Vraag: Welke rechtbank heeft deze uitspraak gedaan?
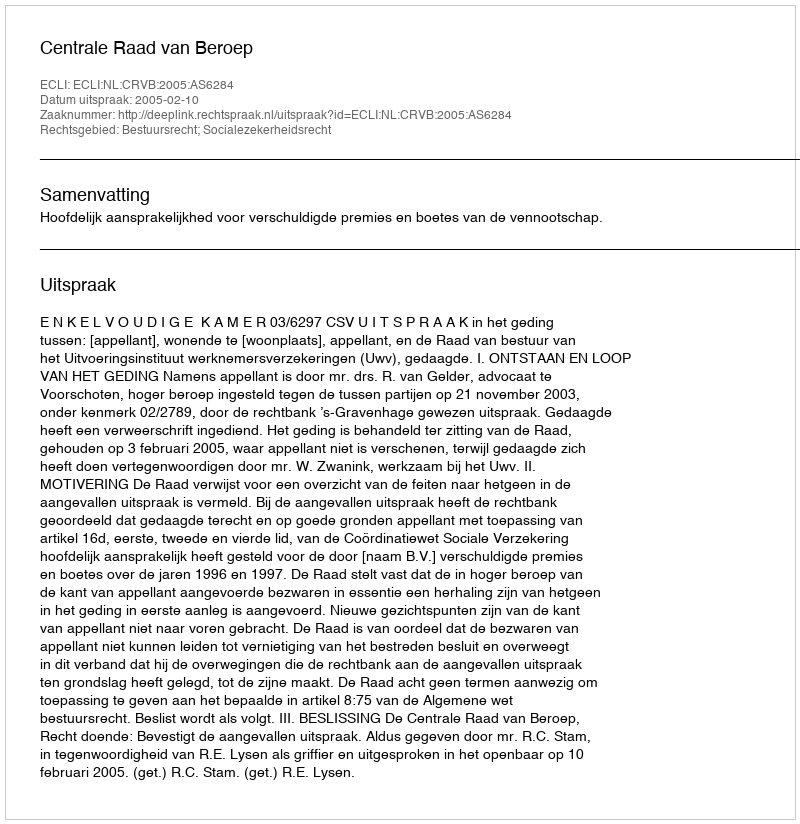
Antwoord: Centrale Raad van Beroep